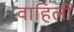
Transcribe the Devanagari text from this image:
वाहिलीं